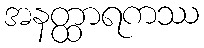
အနတ္ထာရကဿ